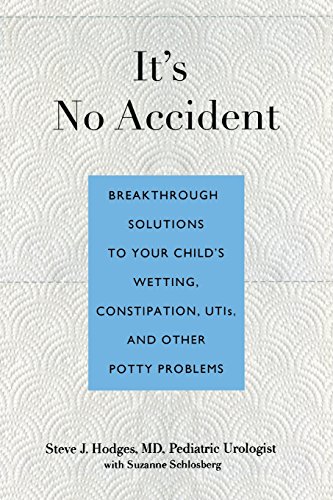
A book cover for It's No Accident: Breakthrough Solutions To Your Child's Wetting, Constipation, Utis, And Other Potty Problems; Steve J. Hodges; Health, Fitness & Dieting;